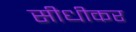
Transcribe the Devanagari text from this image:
सीधीकर